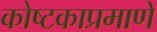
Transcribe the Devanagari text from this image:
कोष्टकाप्रमाणे